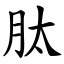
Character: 肽